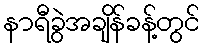
နာရီခွဲအချိန်ခန့်တွင်